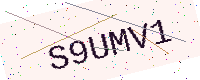
Text: S9UMV1